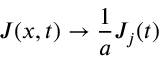
J ( x , t ) \rightarrow \frac { 1 } { a } J _ { j } ( t )